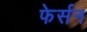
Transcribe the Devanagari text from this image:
फेर्सन